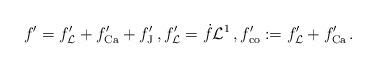
LaTeX: \begin{align*}f'=f'_{\mathcal{L}}+f'_{\rm Ca}+f'_{\rm J}\,,f'_{\mathcal{L}}=\dot{f}\mathcal{L}^1\,,f'_{\rm co}:=f'_{\mathcal{L}}+f'_{\rm Ca}\,.\end{align*}